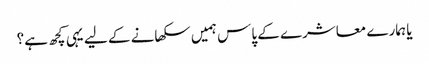
یا ہمارے معاشرے کے پاس ہمیں سکھانے کے لیے یہی کچھ ہے؟